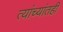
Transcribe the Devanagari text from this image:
त्यांच्यांतही